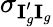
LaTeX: \sigma_{\textbf{I}_{g}^{\prime}\textbf{I}_{g}}